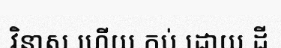
វិនាស ហើយ កប់ ដោយ ដី